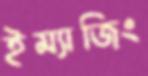
ইম্যাজিং